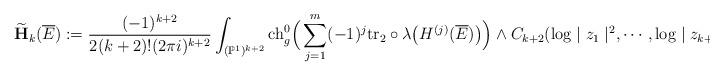
LaTeX: \begin{align*}\widetilde{\mathbf{H}}_k(\overline{E}):=\frac{(-1)^{k+2}}{2(k+2)!(2\pi i)^{k+2}}&\int_{(\mathbb{P}^1)^{k+2}}{\rm ch}_g^0\Big(\sum_{j=1}^m(-1)^j{\rm tr}_2\circ \lambda\big(H^{(j)}(\overline{E})\big)\Big)\wedge C_{k+2}(\log\mid z_1\mid^2,\cdots,\log\mid z_{k+2}\mid^2),\end{align*}